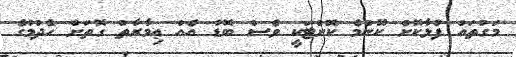
މަގުތައް ފުޅާކޮށް ކޮންމެ ކޮށްޓަކީ ވެސް ބޮޑު އެއް ޢިމާރާތް ގޮތަށް ހެދުމުގެ